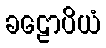
ခဠောပိယံ